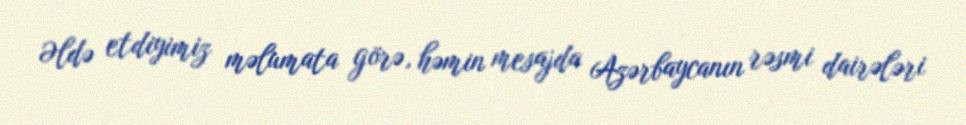
Əldə etdiyimiz məlumata görə, həmin mesajda Azərbaycanın rəsmi dairələri